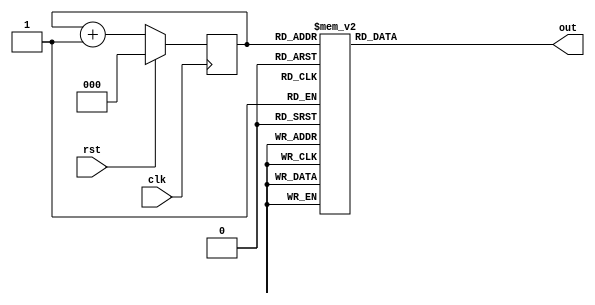
/*
	Laboratorio 3: Generacin de Caracteres a 7 Segmentos
	Escribir en el display del 0 a la F (hex) usando un clk para cambiar de letra.
*/

module counter_to_digits(clk, rst, out);
	
	input clk, rst;
	output reg [7:0] out;
	reg [2:0] mem;
	
	always @(posedge clk)
		begin
			if (rst == 1)
				mem = 0;
			else
				mem = mem + 1;
		end
	
	always @(mem)
		begin
			case (mem)
				0: out = 8'b01111110;
				1: out = 8'b00110000;
				2: out = 8'b01101101;
				3: out = 8'b01111001;
				4: out = 8'b00110011;
				5: out = 8'b01011011;
				6: out = 8'b01011110;
				7: out = 8'b01110001;
				8: out = 8'b01111111;
				9: out = 8'b01110011;
				10: out = 8'b01110111;
				11: out = 8'b00011111;
				12: out = 8'b01001110;
				13: out = 8'b00111101;
				14: out = 8'b01001111;
				15: out = 8'b01000111;
			endcase
		end
		
endmodule